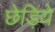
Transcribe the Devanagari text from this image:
छेड़िये